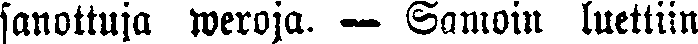
sanottuja weroja. — Samoin luettiin